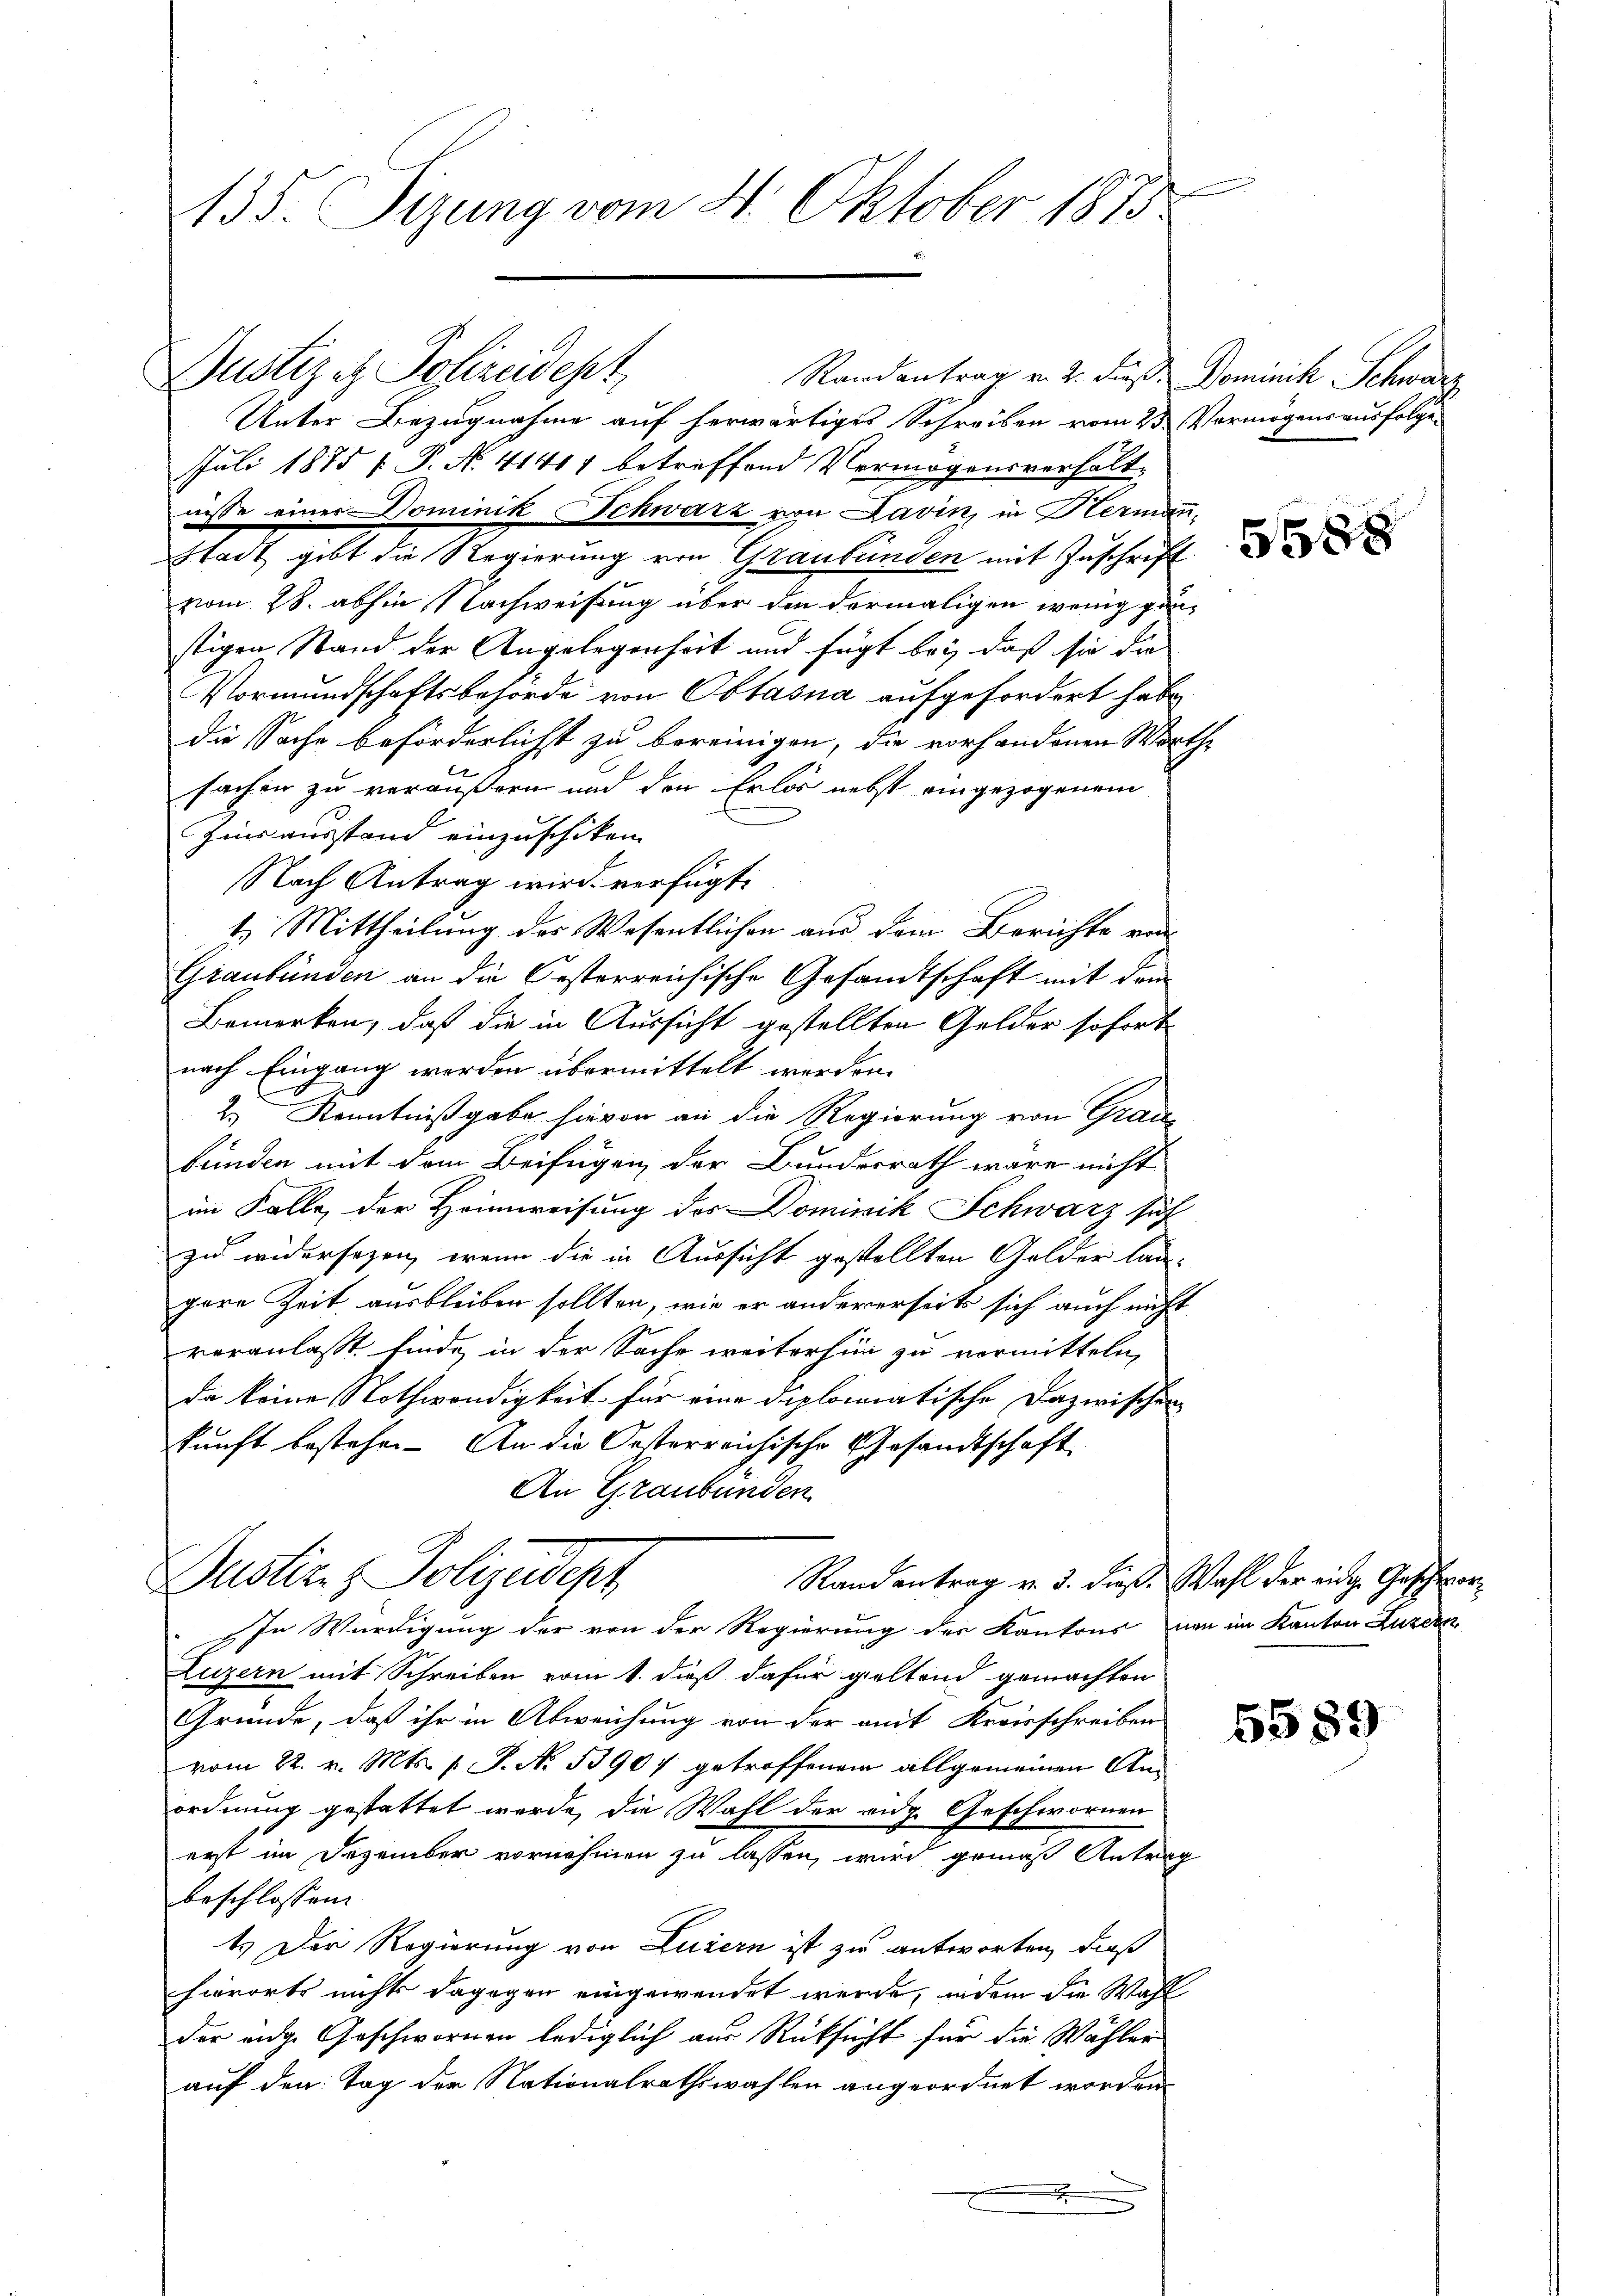
135. Sizung vom 21. Oktober 1873.

Justiz - Polizeidept,
Unter Bezugnahme auf herwärtiges Schreiben vom 23 Vermögensausfolge
Juli 1875 f. P. N. 41417 betreffend Vermögensverhält-
niße einer Dominik Schwarz von Javin, in Herman¬
Stadt gibt die Regierung von Graubünden mit Zuschrift
vom 28. abhin Nachweisung über den dermaligen wenig ganstigen Stand der Angelegenheit und fügt bei, daß sie die
Vormundschaftsbehörde von Obtasna aufgefordert habe,
die Sache beförderlicht zu bereinigen, die vorhandenen Worthe
sachen zu veräußern und den Erlös nebst eingezogenem
Zins ausstand einzuschiken.
Nach Antrag wird verfügt:
1. Mittheilung des Wesentlichen aus dem Berichte von
Graubünden an die Oesterreichische Gesamtschaft mit dem
Bemerken, daß die in Aussicht gestellten Gelder sofort
nach Eingang werden übermittelt werden.
2.) Kenntnißgabe hievon an die Regierung von Grade
bünden mit dem Beifügen der Bundesrath wäre nicht
im Falle der Heimweisung des Dominik Schwarz such
zu widersezen, wenn die in Aussicht gestellten Gelder laugere Zeit ausbleiben sollten, wie er andererseits sich auch nicht
veranlasst finde, in der Sache weiterhin zu vermitteln,
da keine Nothwendigkeit für eine diplomatische Dazwischen
kunft bestehe. An die Oesterreichische Gesandtschaft
An Graubünden
Justiz & Polizeidept
Rand antrag v. 3. dieß. Wahl der eidg. Geschwor¬
In Würdigung der von der Regierung des Kantons von im Kanton Luzern
Luzern mit Schreiben vom 1. dieß dafür geltend gemachten
Gründe, daß ihr in Abweichung von der mit Kreisschreiben
vom 22. v. Mts. 1. P. No. 53907 getroffenem allgemeinen Anordnung gestattet werde, die Wahl der eidg. Geschwornen
erst im Dezember vornehmen zu lassen, wird gemäß Antrag
beschlossen:
t. Der Regierung von Luzern ist zu antworten, dieß
hierorts nichts dagegen eingewendet werde, indem die Wahl
der eidge Geschwornen lediglich aus Rüksicht für die Wähler
auf den Tag der Nationalrathswahlen angeordnet worden
.

Randantrag v. 2. dieß. Dominik Schwarz

588

5589